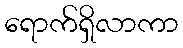
ရောက်ရှိလာကာ